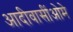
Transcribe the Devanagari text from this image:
आदीवासींओमे